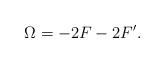
LaTeX: \begin{align*} \Omega=-2F-2F^\prime.\end{align*}